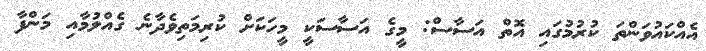
އެއްކައުވަންތަ ކުރުމުގައި އޮތް އަސާސް: މީގެ އަސާސަކީ މީހަކަށް ކުރިމަތިވެދާނެ ގެއްލުމާއި މަންފާ